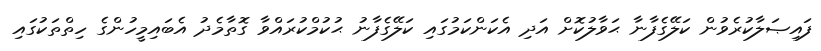
ފައިޞަލާކުރެވުން ކަލޭގެފާނާ ޙަވާލުކޮށް އަދި އެކަންކަމުގައި ކަލޭގެފާނު ޙުކުމްކުރައްވާ ގޮތާމެދު އެބައިމީހުންގެ ހިތްތަކުގައި